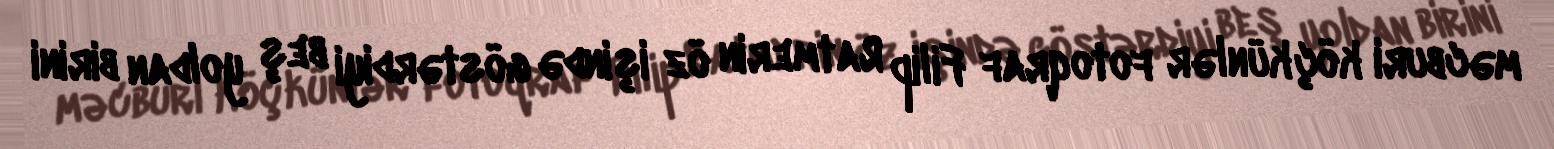
məcburi köçkünlər fotoqraf Filip Ratmerin öz işində göstərdiyi beş yoldan birini